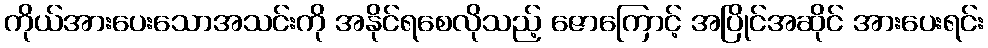
ကိုယ်အားပေးသောအသင်းကို အနိုင်ရစေလိုသည့် ဇောကြောင့် အပြိုင်အဆိုင် အားပေးရင်း